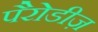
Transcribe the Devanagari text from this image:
पैरोडीज़